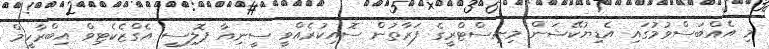
މި އެއްބަސްވުމުގައި އެޑިޔުކޭޝަން މިނިސްޓްރީގެ ފަރާތުން ސޮއިކުރެއްވީ ސީނިއާ ޕޮލިސީ އެގްޒެކެޓިވް އިބްރާހީމް